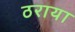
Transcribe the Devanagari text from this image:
ठराया